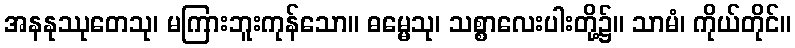
အနနုဿုတေသု၊ မကြားဘူးကုန်သော။ ဓမ္မေသု၊ သစ္စာလေးပါးတို့၌။ သာမံ၊ ကိုယ်တိုင်။